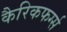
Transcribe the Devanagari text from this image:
कैरिकफर्ग्स